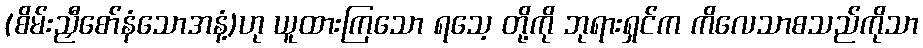
(စိမ်းညှီစော်နံသောအနံ့)ဟု ယူထားကြသော ရသေ့ တို့ကို ဘုရားရှင်က ကိလေသာစသည်ကိုသာ